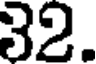
32.